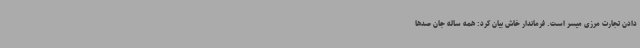
دادن تجارت مرزی میسر است. فرماندار خاش بیان کرد: همه ساله جان صدها